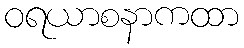
ဝရယာစနာကထာ